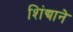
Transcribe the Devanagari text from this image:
शिंद्याने